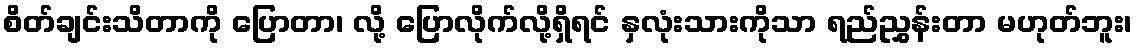
စိတ်ချင်းသိတာကို ပြောတာ၊ လို့ ပြောလိုက်လို့ရှိရင် နှလုံးသားကိုသာ ရည်ညွှန်းတာ မဟုတ်ဘူး၊